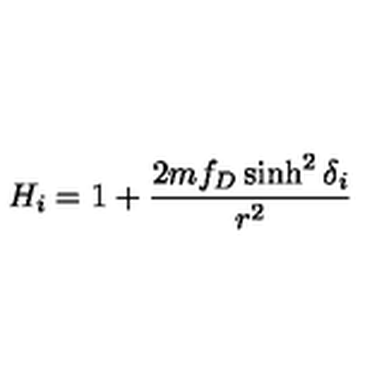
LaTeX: H _ { i } = 1 + { \frac { 2 m f _ { D } \sinh ^ { 2 } \delta _ { i } } { r ^ { 2 } } }